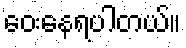
ဝေးနေရပါတယ်။